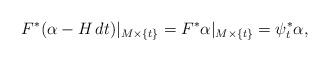
LaTeX: \begin{align*}F^*(\alpha-H\,dt)|_{M\times\{t\}}=F^*\alpha|_{M\times\{t\}}=\psi_t^*\alpha,\end{align*}